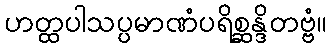
ဟတ္ထပါသပ္ပမာဏံပရိစ္ဆန္ဒိတဗ္ဗံ။